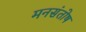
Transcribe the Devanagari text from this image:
मनसंतोष